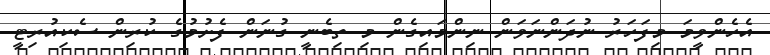
އެހެންވީމަ މިފަހަރު ނުދަންނަވަން ނިންމައިގެން މި ތިބެނީ ގުނަން ފެށުމުގެ ކުރިން ސެކިއުރިޓީ